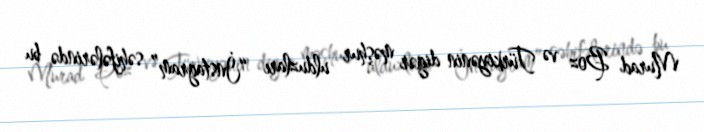
Murad Boz və Türkiyənin digər məşhur ulduzları “İnstagram” səhifələrində bu